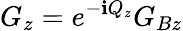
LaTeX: G_{z}=e^{-\mathbf{i}Q_{z}}G_{Bz}